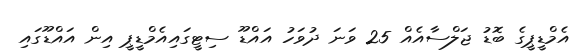
އެމްޑީޕީގެ ބޮޑު ޖަލްސާއެއް 25 ވަނަ ދުވަހު އައްޑޫ ސިޓީގައިއެމްޑީޕީ އިން އައްޑޫގައި